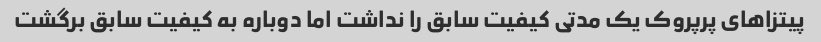
پیتزاهای پرپروک یک مدتی کیفیت سابق را نداشت اما دوباره به کیفیت سابق برگشت